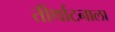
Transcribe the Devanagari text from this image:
तीर्थाटनाला